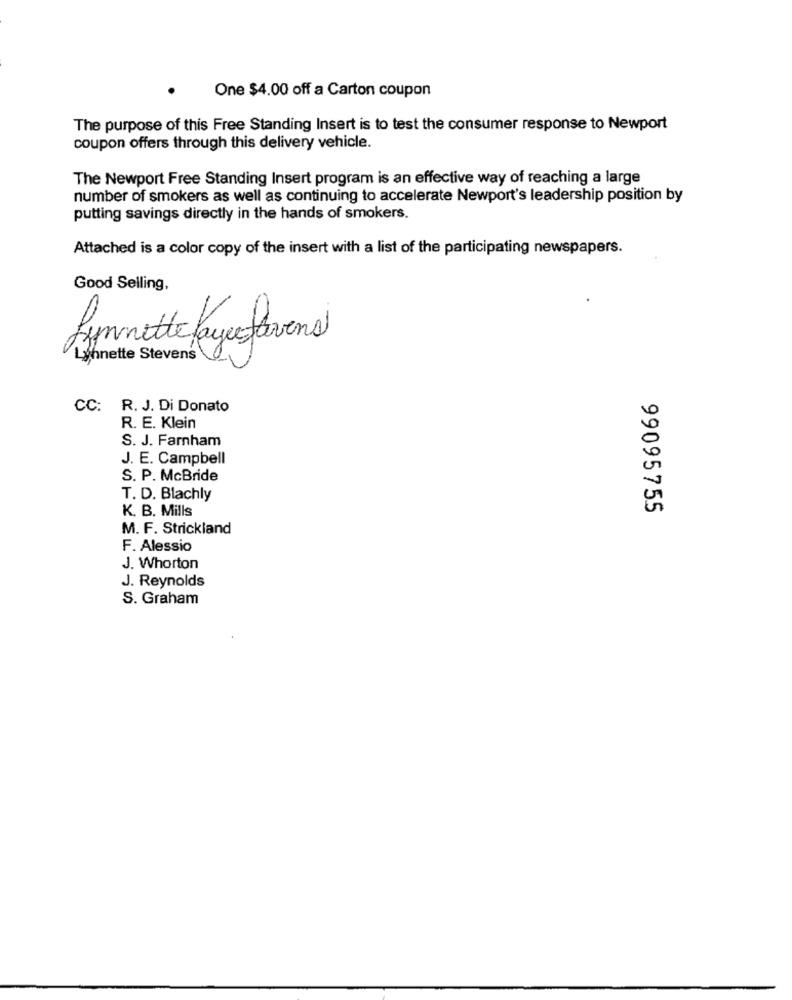
One $4.00 off a Carton coupon
The purpose of this Free Standing Insert is to test the consumer response to Newport
coupon offers through this delivery vehicle.
The Newport Free Standing Insert program is an effective way of reaching a large
number of smokers as well as continuing to accelerate Newport's leadership position by
putting savings directly in the hands of smokers.
Attached is a color copy of the insert with a list of the participating newspapers.
Good Selling,
Lynnette fayestavana
Lynnette Stevens
CC: R. J. Di Donato
R. E. Klein
S. J. Farnham
J. E. Campbell
S. P. McBride
T. D. Blachly
K. B. Mills
99095755
M. F. Strickland
F. Alessio
J. Whorton
J. Reynolds
S. Graham